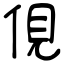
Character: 俔